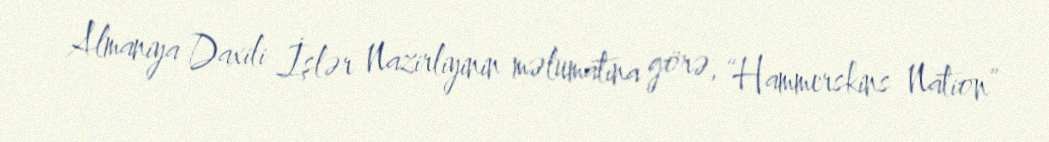
Almaniya Daxili İşlər Nazirliyinin məlumatına görə, “Hammerskins Nation”